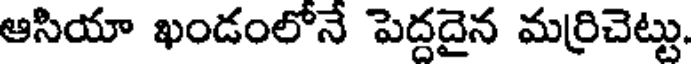
ఆసియా ఖండంలోనే పెద్దదైన మర్రిచెట్టు.